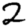
Digit: 2